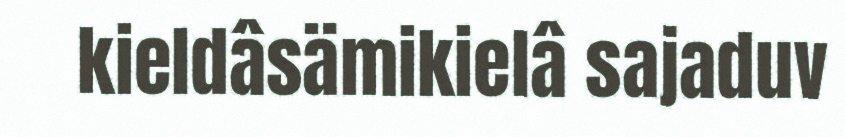
kieldâsämikielâ sajaduv